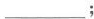
___;